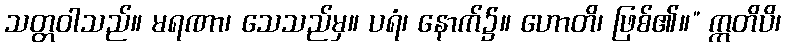
သတ္တဝါသည်။ မရဏာ၊ သေသည်မှ။ ပရံ၊ နောက်၌။ ဟောတိ၊ ဖြစ်၏။” ဣတိပိ၊